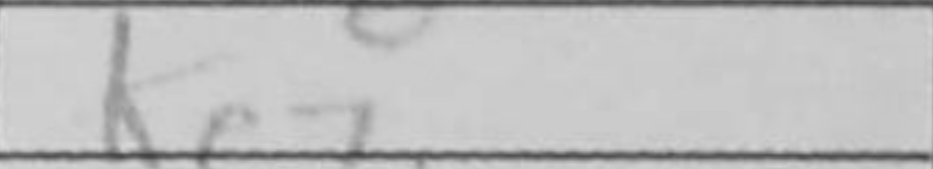
Transcription: Ke7